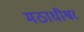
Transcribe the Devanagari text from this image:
मठाधीश्वर